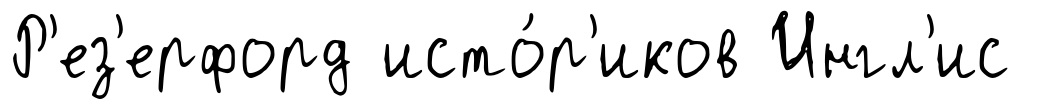
Р'ез'ерфорд исто́р'иков Ингл'ис